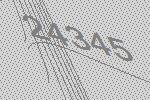
24345